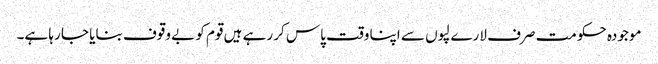
موجودہ حکومت صرف لارے لپوں سے اپنا وقت پاس کر رہے ہیں قوم کو بے وقوف بنایا جا رہا ہے۔